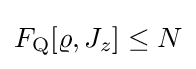
F_{\rm {Q}}[\varrho ,J_{z}]\leq N